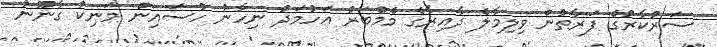
ސަރުކާރުގެ ފަރާތުން ވިލިމާލެ ދާއިރާގެ މެމްބަރު އަހުމަދު ނިހާނު ހުސައިން މަނިކު ގާނޫނު